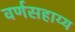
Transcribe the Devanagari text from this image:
वर्णसहाय्य